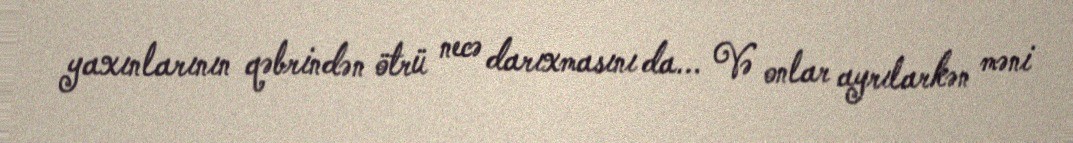
yaxınlarının qəbrindən ötrü necə darıxmasını da... Və onlar ayrılarkən məni